Civil Veterinary Department Bihar reports 1936-40 - 1936-1940
Year: 1936
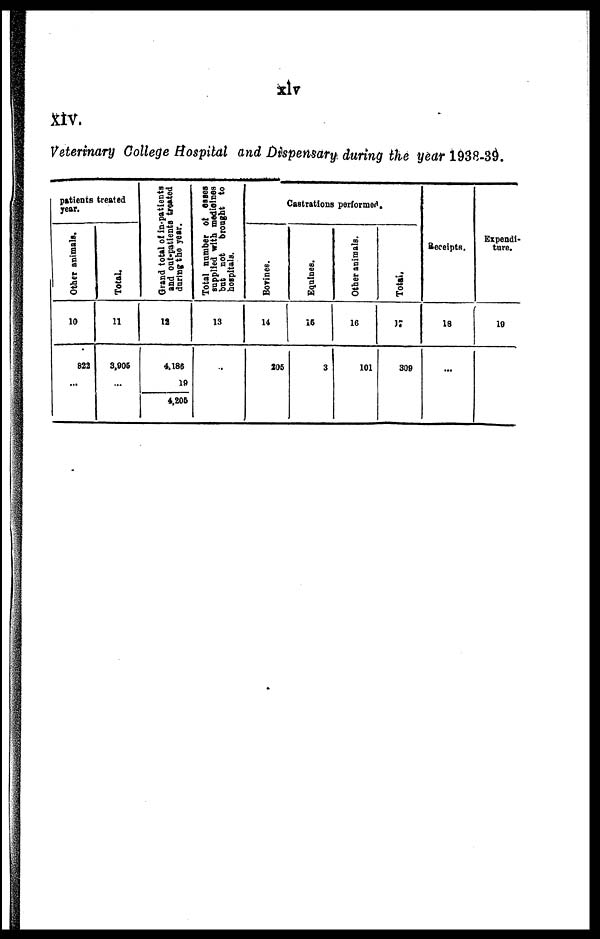
XIV.
Veterinary College Hospital and Dispensary during the year 1938-39.
patients treated
year.
Other animals.
10
822
...
Total.
11
3,005
...
Grand
total of in-patients
and out-patients treated
during the year.
12
4,186
19
4,205
Total number of cases
supplied with medicines
but not
brought to
hospitals.
13
...
Castrations performed.
Bovines.
14
206
Equines.
15
3
Other animals.
16
101
Total.
17
309
Receipts.
18
...
Expendi-
ture.
10